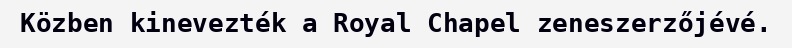
Közben kinevezték a Royal Chapel zeneszerzőjévé.